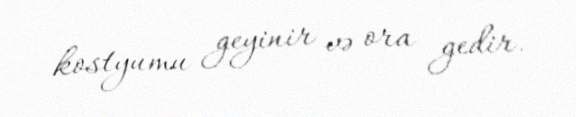
kostyumu geyinir və ora gedir.